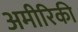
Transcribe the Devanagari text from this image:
अमीरिकी